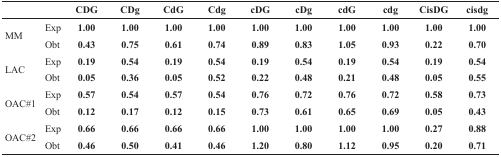
| <COLSPAN=2>  | CDG | CDg | CdG | Cdg | cDG | cDg | cdG | cdg | CisDG | cisdg |
 | --- | --- | --- | --- | --- | --- | --- | --- | --- | --- | --- | --- |
 | <ROWSPAN=2> MM | Exp | 1.00 | 1.00 | 1.00 | 1.00 | 1.00 | 1.00 | 1.00 | 1.00 | 1.00 | 1.00 |
 | Obt | 0.43 | 0.75 | 0.61 | 0.74 | 0.89 | 0.83 | 1.05 | 0.93 | 0.22 | 0.70 |
 | <ROWSPAN=2> LAC | Exp | 0.19 | 0.54 | 0.19 | 0.54 | 0.19 | 0.54 | 0.19 | 0.54 | 0.19 | 0.54 |
 | Obt | 0.05 | 0.36 | 0.05 | 0.52 | 0.22 | 0.48 | 0.21 | 0.48 | 0.05 | 0.55 |
 | <ROWSPAN=2> OAC#1 | Exp | 0.57 | 0.54 | 0.57 | 0.54 | 0.76 | 0.72 | 0.76 | 0.72 | 0.58 | 0.73 |
 | Obt | 0.12 | 0.17 | 0.12 | 0.15 | 0.73 | 0.61 | 0.65 | 0.69 | 0.05 | 0.43 |
 | <ROWSPAN=2> OAC#2 | Exp | 0.66 | 0.66 | 0.66 | 0.66 | 1.00 | 1.00 | 1.00 | 1.00 | 0.27 | 0.88 |
 | Obt | 0.46 | 0.50 | 0.41 | 0.46 | 1.20 | 0.80 | 1.12 | 0.95 | 0.20 | 0.71 |